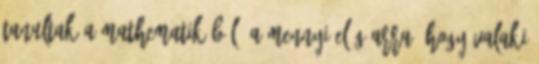
tanultak a mathematikából, a mennyi elég arra, hogy valaki